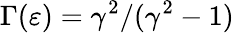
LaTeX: \Gamma(\varepsilon)=\gamma^{2}/(\gamma^{2}-1)